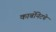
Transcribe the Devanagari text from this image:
कार्बोनेटचे